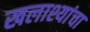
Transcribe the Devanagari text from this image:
खलाश्यांचा